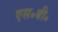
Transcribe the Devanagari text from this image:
एस॰बी॰